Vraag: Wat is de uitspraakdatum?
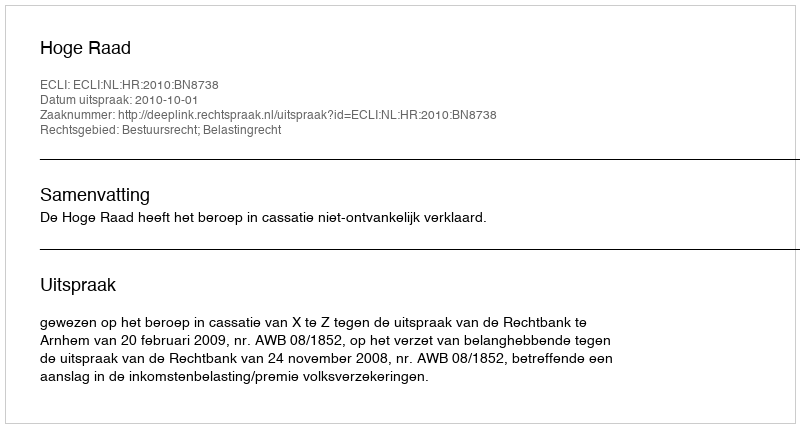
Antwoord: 2010-10-01